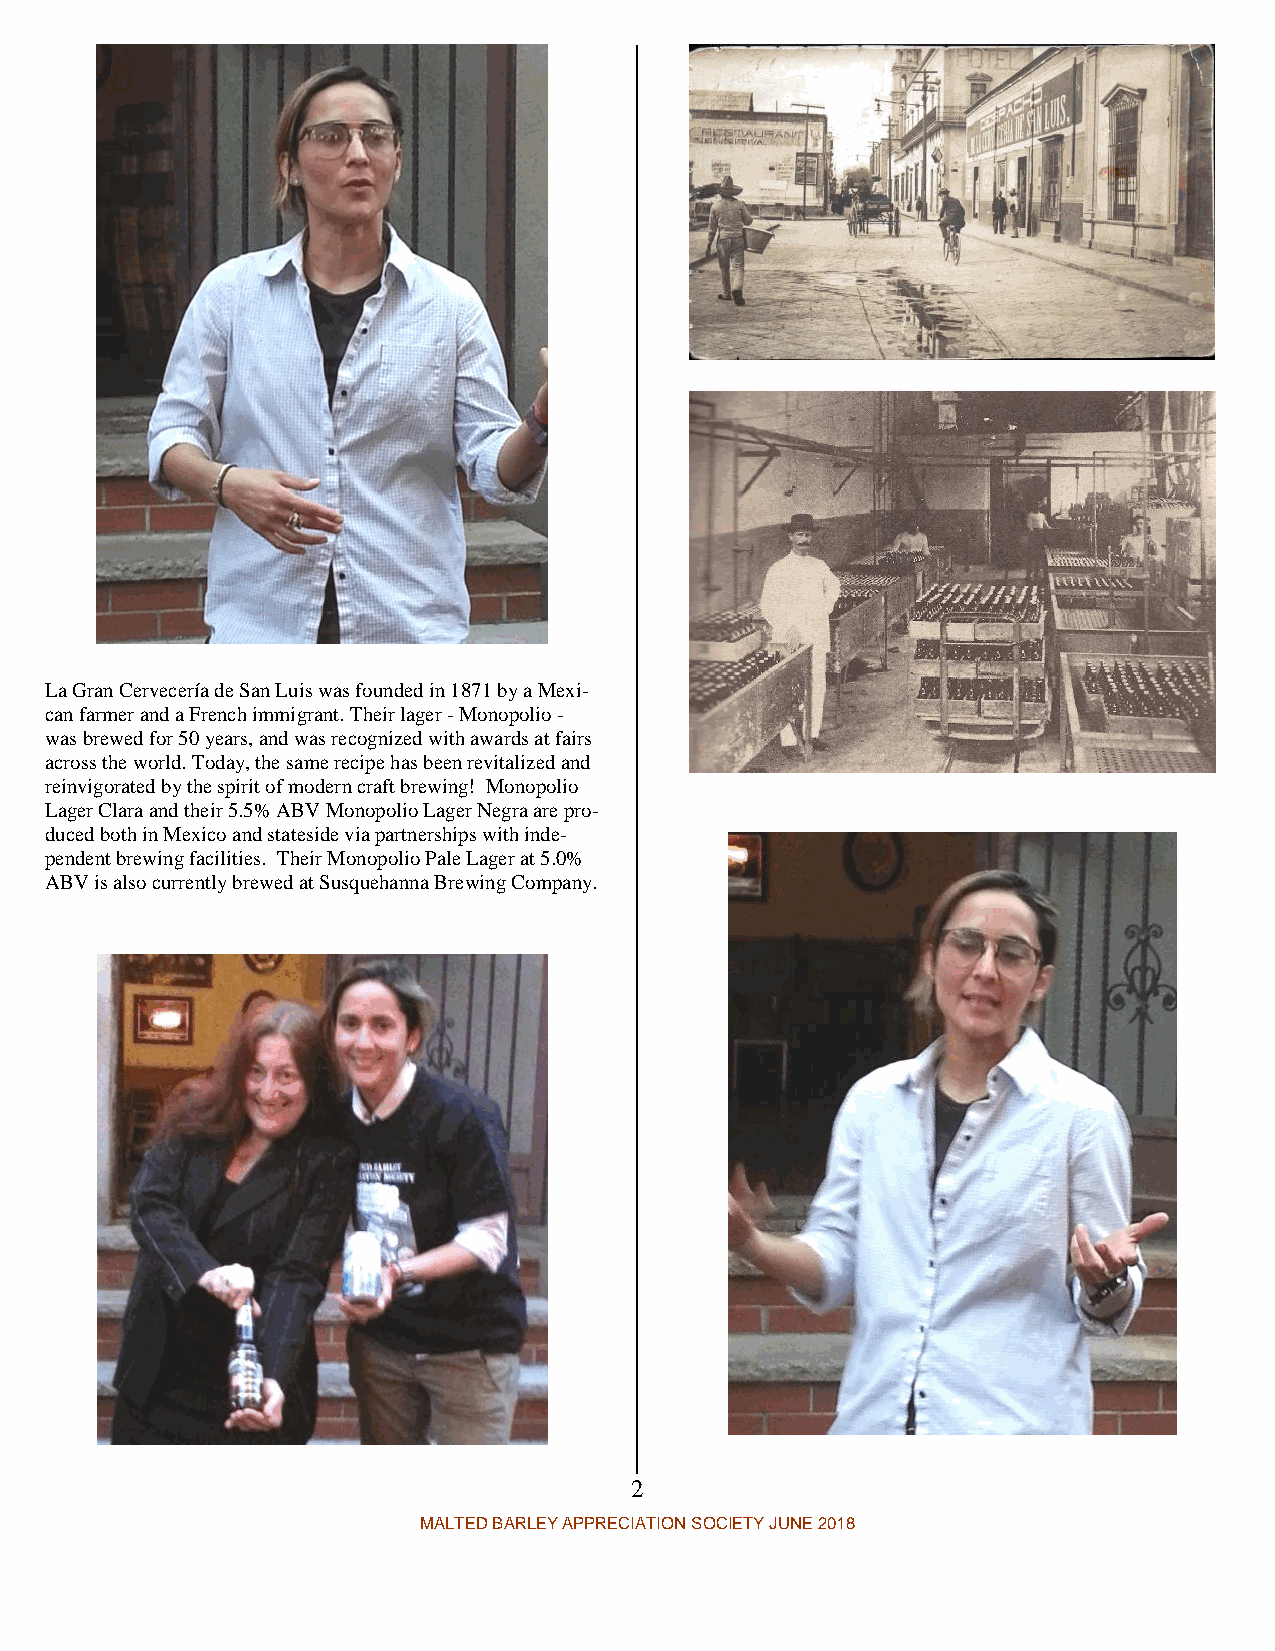
La Gran Cervecería de San Luis was founded in 1871 by a Mexi-
 can farmer and a French immigrant.Their lager- Monopolio-
 was brewed for 50 years, and was recognized with awards at fairs
 across the world. Today, the same recipe has been revitalized and
 reinvigorated by the spirit of modern craft brewing! Monopolio
 Lager Clara andtheir 5.5% ABVMonopolio Lager Negra are pro-
 duced both in Mexico and stateside via partnerships with inde-
 pendent brewing facilities. TheirMonopolio Pale Lagerat5.0%
 ABVisalsocurrently brewed at Susquehanna Brewing Company.
 2
 MALTED BARLEY APPRECIATION SOCIETYJUNE 2018